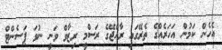
އެހެން ކަމުން އަހަރެއްގެ ތެރޭގައި ރާއްޖޭގެ ރަސްމީ ރިޒާވް ވަނީ ނުވަ ޕަސެންޓް